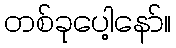
တစ်ခုပေါ့နော်။